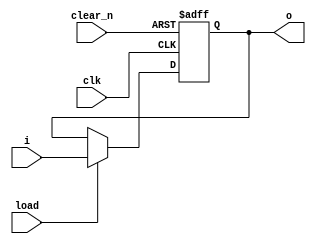
`timescale 1ns / 1ps
//////////////////////////////////////////////////////////////////////////////////
// Company: 
// Engineer: 
// 
// Design Name: 
// Module Name: PIPO
// Project Name: 
// Target Devices: 
// Tool Versions: 
// Description: 
// 
// Dependencies: 
// 
// Revision:
// Revision 0.01 - File Created
// Additional Comments:
// 
//////////////////////////////////////////////////////////////////////////////////


module PIPO #(parameter size=4) (
    output reg [size-1:0]o,
    input clk,
    input clear_n,
    input load,
    input [size-1:0]i
    );
    always@(posedge clk or negedge clear_n)
    begin
        if(!clear_n)
            o <= 0;
        else if(load)
            o <= i;
    end
endmodule